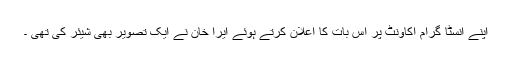
اپنے انسٹا گرام اکاونٹ پر اس بات کا اعلان کرتے ہوئے ایرا خان نے ایک تصویر بھی شیئر کی تھی ۔